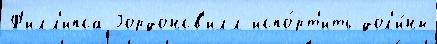
Ф'илл'ипса Гордонсв'илл испо́рт'ить дол'и́ны